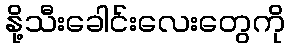
နို့သီးခေါင်းလေးတွေကို